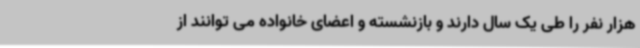
هزار نفر را طی یک سال دارند و بازنشسته و اعضای خانواده می توانند از